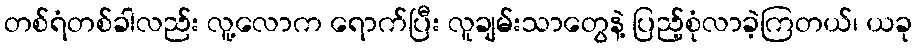
တစ်ရံတစ်ခါလည်း လူ့လောက ရောက်ပြီး လူချမ်းသာတွေနဲ့ ပြည့်စုံလာခဲ့ကြတယ်၊ ယခု